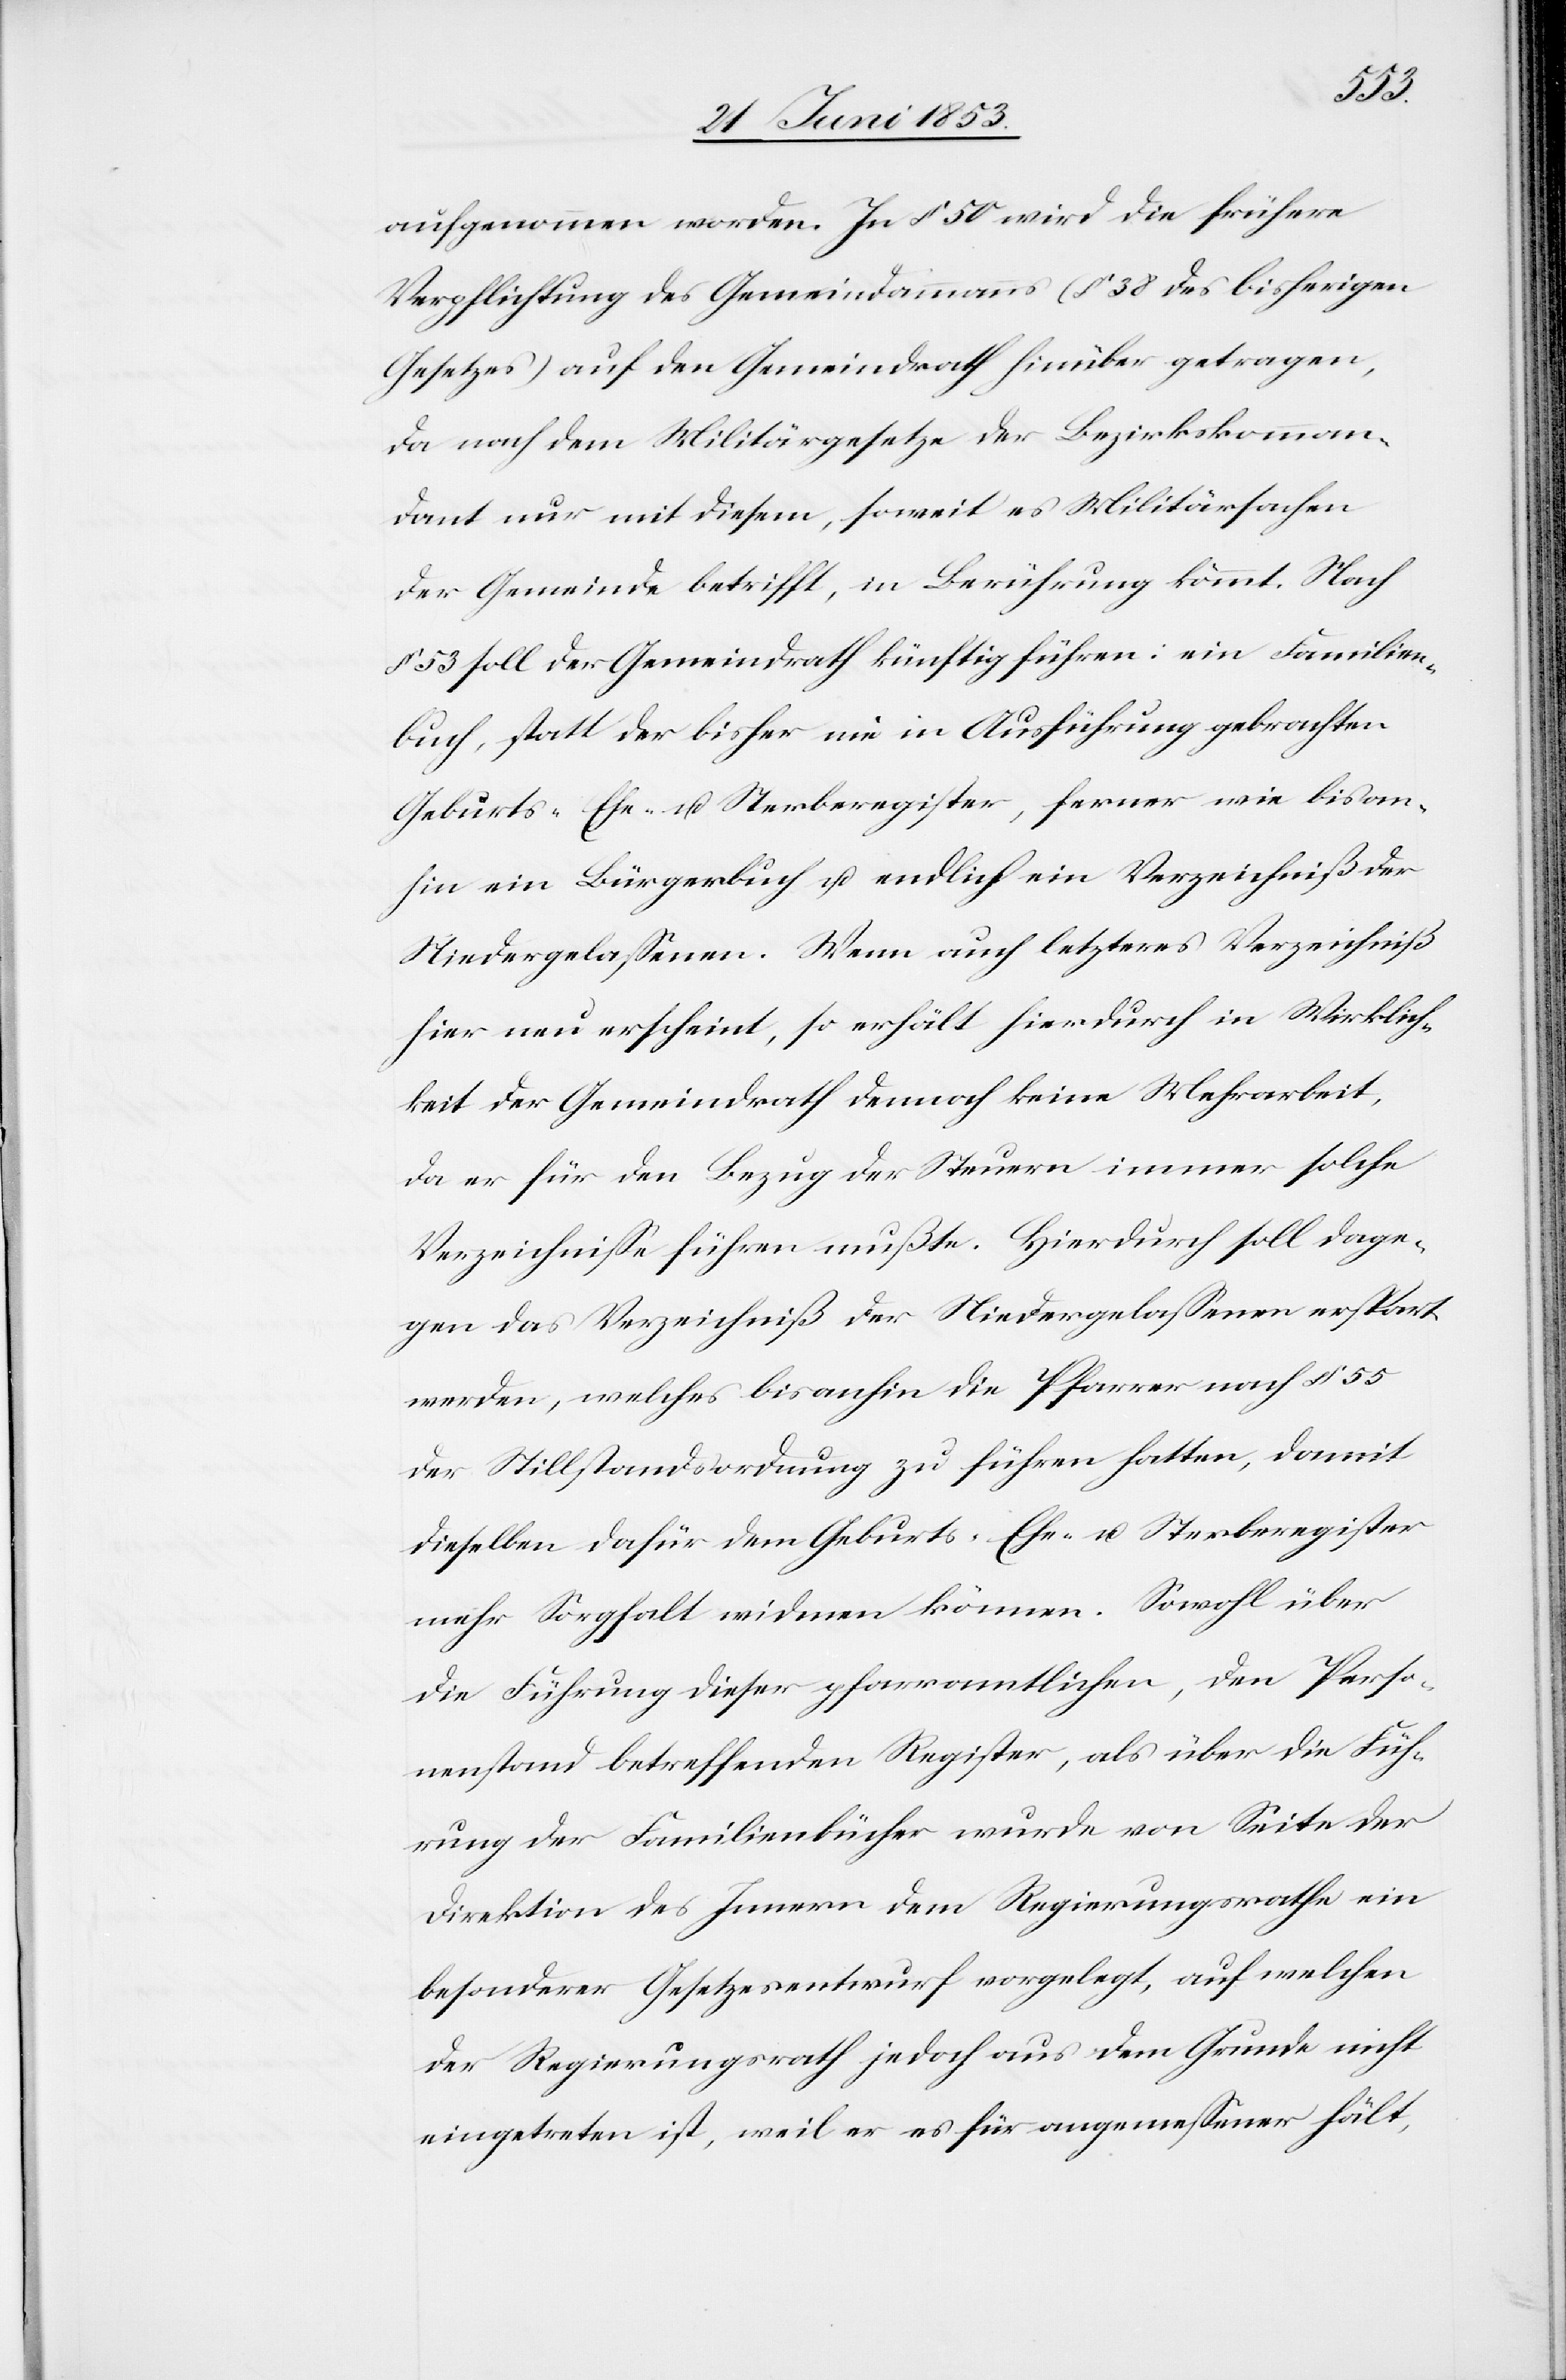
aufgenommen worden. In § 50 wird die frühere
Verpflichtung des Gemeindammanns (§ 38 des bisherigen
Gesetzes) auf den Gemeindrath hinüber getragen,
da nach dem Militärgesetze der Bezirkskomman¬
dant nur mit diesem, soweit es Militärsachen
der Gemeinden betrifft, in Berührung kömmt. Nach
§ 53 soll der Gemeindrath künftig führen: ein Familien¬
buch, statt der bisher nie in Ausführung gebrachten
Geburts- Ehe- u. Sterberegister, ferner wie bis an¬
hin ein Bürgerbuch u. endlich ein Verzeichniß der
Niedergelaßenen. Wenn auch letzteres Verzeichniß
hier neu erscheint, so erhält hierdurch in Wirklich¬
keit der Gemeindrath demnach keine Mehrarbeit,
da er für den Bezug der Steuern immer solche
Verzeichniße führen mußte. Hierdurch soll dage¬
gen das Verzeichniß der Niedergelaßenen erspart
werden, welches bis anhin die Pfarrer nach § 55
der Stillstandsordnung zu führen hatten, damit
dieselben dafür dem Geburts- Ehe- u. Sterberegister
mehr Sorgfalt widmen können. Sowohl über
die Führung dieser pfarramtlichen, den Perso¬
nenstand betreffenden Register, als über die Füh¬
rung der Familienbücher wurden von Seite der
Direktion des Innern dem Regierungsrathe ein
besonderer Gesetzesentwurf vorgelegt, auf welchen
der Regierungsrath jedoch aus dem Grunde nicht
eingetreten ist, weil er es für angemeßener hält,